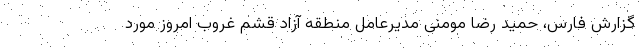
گزارش فارس، حمید رضا مومنی مدیرعامل منطقه آزاد قشم غروب امروز مورد